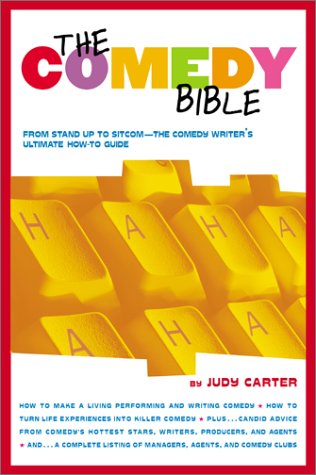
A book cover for The Comedy Bible: From Stand-up to Sitcom--The Comedy Writer's Ultimate "How To" Guide; Judy Carter; Humor & Entertainment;